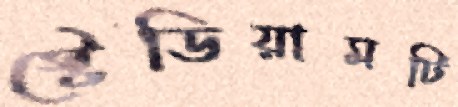
স্টেডিয়ামটি